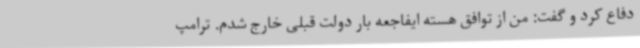
دفاع کرد و گفت: من از توافق هسته ایفاجعه بار دولت قبلی خارج شدم. ترامپ